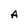
Character: A